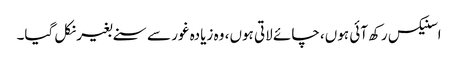
اسنیکس رکھ آئی ہوں، چائے لاتی ہوں، وہ زیادہ غور سے سنے بغیر نکل گیا۔